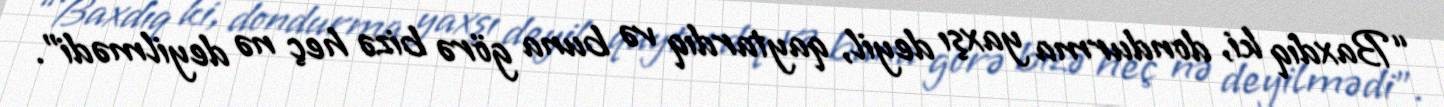
“Baxdıq ki, dondurma yaxşı deyil, qaytardıq və buna görə bizə heç nə deyilmədi”.